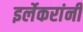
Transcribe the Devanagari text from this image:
इर्लेकरांनी